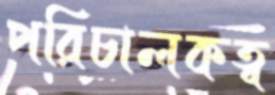
পরিচালকত্ব